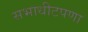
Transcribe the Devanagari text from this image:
सभाधीटपणा